Mental hospitals Bombay report 1929-33 - 1929-1933
Year: 1929
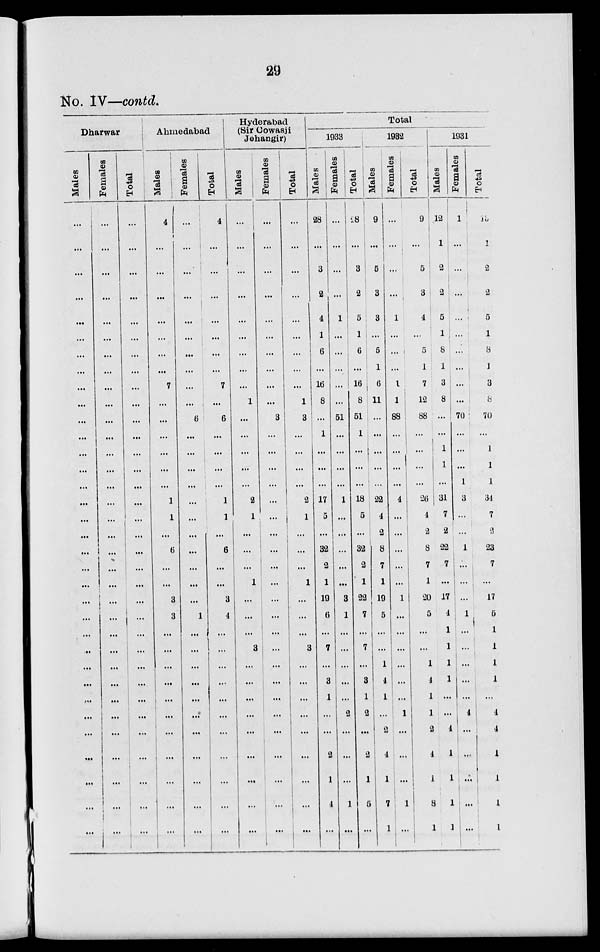
29
No. IV—contd.
Dharwar
Males
...
...
...
...
...
...
...
...
...
...
...
...
...
...
...
...
...
...
...
...
...
...
...
...
...
...
...
...
...
...
...
...
...
...
Females
...
...
...
...
...
...
...
...
...
...
...
...
...
...
...
...
...
...
...
...
...
...
...
...
...
...
...
...
...
...
...
...
...
...
Total
...
...
...
...
...
...
...
...
...
...
...
...
...
...
...
...
...
...
...
...
...
...
...
...
...
...
...
...
...
...
...
...
Ahmedabad
Males
4
...
...
...
...
...
...
...
7
...
...
...
...
...
...
1
1
...
6
...
...
3
3
...
...
...
...
...
...
...
...
...
...
...
Females
...
...
...
...
...
...
...
...
...
...
6
...
...
...
...
...
...
...
...
...
...
...
1
...
...
...
...
...
...
...
...
...
...
...
Total
4
...
...
...
...
...
...
...
7
...
6
...
...
...
...
1
1
...
6
...
...
3
4
...
...
...
...
...
...
...
...
...
...
...
Hyderabad
(Sir Cowasji
Jehangir)
Males
...
...
...
...
...
...
...
...
...
1
...
...
...
...
...
2
1
...
...
...
1
...
...
...
3
...
...
...
...
...
...
...
...
...
Females
...
...
...
...
...
...
...
...
...
...
3
...
...
...
...
...
...
...
...
...
...
...
...
...
...
...
...
...
...
...
...
...
...
Total
...
...
...
...
...
...
...
...
...
1
3
...
...
...
2
1
...
...
...
1
...
...
...
3
...
...
...
...
...
...
...
...
...
Total
1933
Males
28
...
3
2
4
1
6
...
16
8
...
1
...
...
...
17
5
...
32
2
1
19
6
...
7
...
3
1
...
...
2
1
4
...
Females
...
...
...
...
1
...
...
...
...
...
51
...
...
...
...
1
...
...
...
...
...
3
1
...
...
...
...
...
2
...
...
...
1
...
Total
28
...
3
2
5
1
6
...
16
8
51
1
...
...
...
18
5
...
32
2
1
22
7
...
7
...
3
1
2
...
2
1
5
...
1932
Males
9
...
5
3
3
...
5
1
6
11
...
...
...
...
...
22
4
2
8
7
1
19
5
...
...
1
4
1
...
2
4
1
7
1
Females
...
...
...
...
1
...
...
...
1
1
88
...
...
...
...
4
...
...
....
...
...
1
...
...
...
...
...
...
1
...
...
...
1
...
Total
9
...
5
3
4
...
5
1
7
12
88
...
...
...
...
26
4
2
8
7
1
20
5
...
...
1
4
1
1
2
4
1
8
1
1931
Males
12
1
2
2
5
1
8
1
3
8
...
...
1
1
...
31
7
2
22
7
...
17
4
1
1
1
1
...
...
4
1
1
1
1
Females
1
...
...
...
...
...
...
...
...
...
70
...
...
...
1
3
...
...
1
...
...
...
1
...
...
...
...
...
4
...
...
...
...
...
Total
13
1
2
2
5
1
8
1
3
8
70
...
1
1
1
34
7
2
23
7
...
17
5
1
1
1
1
...
4
4
1
1
4
1